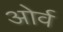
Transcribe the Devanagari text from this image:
ओर्व